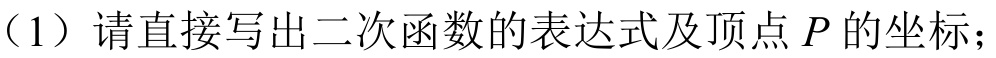
（1）请直接写出二次函数的表达式及顶点 \(P\) 的坐标；